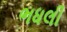
ભધલી